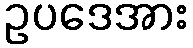
ဥပဒေအား